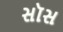
સૉસ